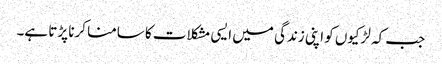
جب کہ لڑکیوں کو اپنی زندگی میں ایسی مشکلات کا سامنا کرنا پڑتا ہے۔